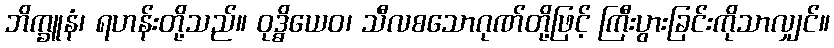
ဘိက္ခူနံ၊ ရဟန်းတို့သည်။ ဝုဒ္ဓိယေဝ၊ သီလစသောဂုဏ်တို့ဖြင့် ကြီးပွားခြင်းကိုသာလျှင်။